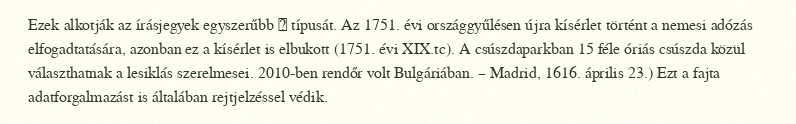
Ezek alkotják az írásjegyek egyszerűbb 文 típusát. Az 1751. évi országgyűlésen újra kísérlet történt a nemesi adózás elfogadtatására, azonban ez a kísérlet is elbukott (1751. évi XIX.tc). A csúszdaparkban 15 féle óriás csúszda közül választhatnak a lesiklás szerelmesei. 2010-ben rendőr volt Bulgáriában. – Madrid, 1616. április 23.) Ezt a fajta adatforgalmazást is általában rejtjelzéssel védik.